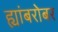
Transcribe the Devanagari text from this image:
ह्यांबरोबर